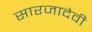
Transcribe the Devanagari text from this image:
सारजादेवी